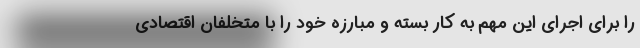
را برای اجرای این مهم به کار بسته و مبارزه خود را با متخلفان اقتصادی